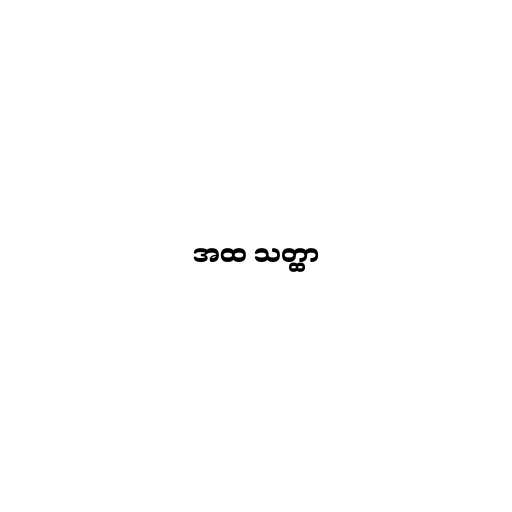
အထ သတ္ထာ